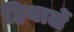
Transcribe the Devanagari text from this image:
हियार्ले